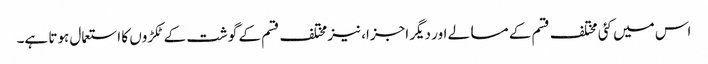
اس میں کئی مختلف قسم کے مسالے اور دیگر اجزا، نیز مختلف قسم کے گوشت کے ٹکڑوں کا استعمال ہوتا ہے۔